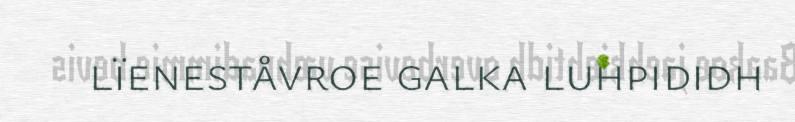
lïeneståvroe galka luhpididh